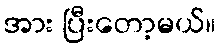
အား ပြီးတော့မယ်။